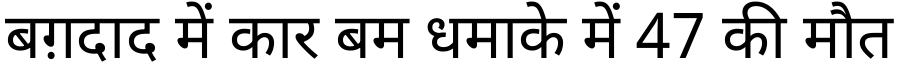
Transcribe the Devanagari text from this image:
बग़दाद में कार बम धमाके में 47 की मौत